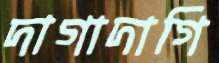
দাগাদাগি